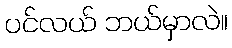
ပင်လယ် ဘယ်မှာလဲ။